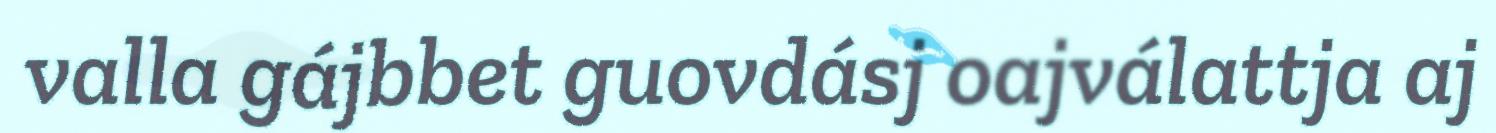
valla gájbbet guovdásj oajválattja aj